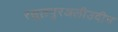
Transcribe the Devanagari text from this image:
रसूलपुरअलीउदीन